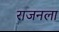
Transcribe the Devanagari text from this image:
राजनला